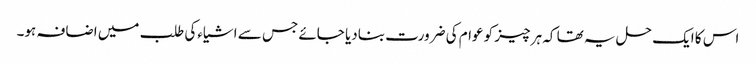
اس کا ایک حل یہ تھا کہ ہر چیز کو عوام کی ضرورت بنادیا جائے جس سے اشیاءکی طلب میں اضافہ ہو۔